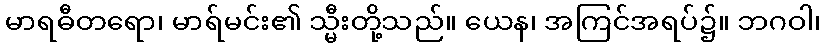
မာရဓီတရော၊ မာရ်မင်း၏ သ္မီးတို့သည်။ ယေန၊ အကြင်အရပ်၌။ ဘဂဝါ၊